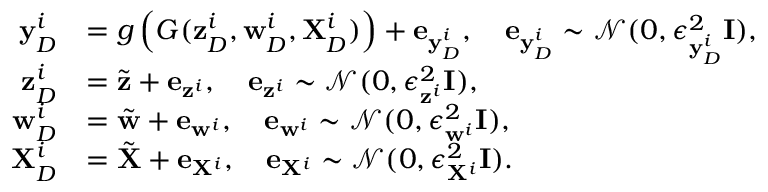
\begin{array} { r l } { { \mathbf y } _ { D } ^ { i } } & { = g \left( G ( { \mathbf z } _ { D } ^ { i } , { \mathbf w } _ { D } ^ { i } , { \mathbf X } _ { D } ^ { i } ) \right) + { \mathbf e } _ { { \mathbf y } _ { D } ^ { i } } , \quad { \mathbf e } _ { { \mathbf y } _ { D } ^ { i } } \sim { \mathcal N } ( \b 0 , { \boldsymbol \epsilon } _ { { \mathbf y } _ { D } ^ { i } } ^ { 2 } { \mathbf I } ) , } \\ { { \mathbf z } _ { D } ^ { i } } & { = \tilde { { \mathbf z } } + { \mathbf e } _ { { \mathbf z } ^ { i } } , \quad { \mathbf e } _ { { \mathbf z } ^ { i } } \sim { \mathcal N } ( \b 0 , { \boldsymbol \epsilon } _ { { \mathbf z } ^ { i } } ^ { 2 } { \mathbf I } ) , } \\ { { \mathbf w } _ { D } ^ { i } } & { = \tilde { { \mathbf w } } + { \mathbf e } _ { { \mathbf w } ^ { i } } , \quad { \mathbf e } _ { { \mathbf w } ^ { i } } \sim { \mathcal N } ( \b 0 , { \boldsymbol \epsilon } _ { { \mathbf w } ^ { i } } ^ { 2 } { \mathbf I } ) , } \\ { { \mathbf X } _ { D } ^ { i } } & { = \tilde { { \mathbf X } } + { \mathbf e } _ { { \mathbf X } ^ { i } } , \quad { \mathbf e } _ { { \mathbf X } ^ { i } } \sim { \mathcal N } ( \b 0 , { \boldsymbol \epsilon } _ { { \mathbf X } ^ { i } } ^ { 2 } { \mathbf I } ) . } \end{array}